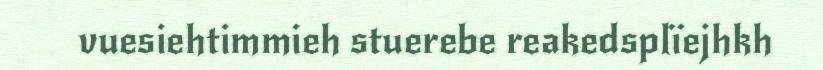
vuesiehtimmieh stuerebe reakedsplïejhkh